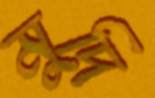
মুদি